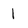
Character: 1